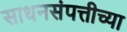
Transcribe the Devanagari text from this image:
साधनसंपत्तीच्या